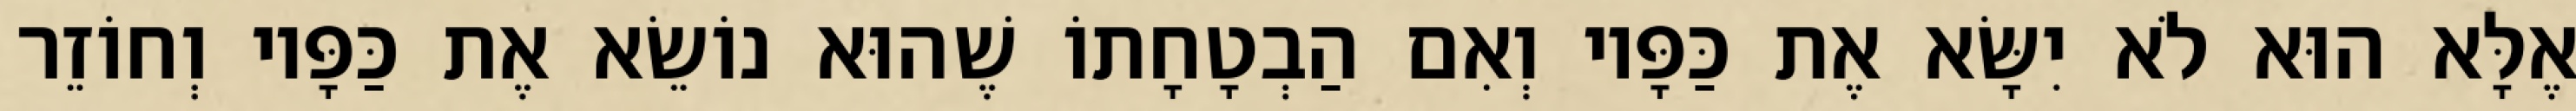
אֶלָּא הוּא לֹא יִשָּׂא אֶת כַּפָּיו וְאִם הַבְטָחָתוֹ שֶׁהוּא נוֹשֵׂא אֶת כַּפָּיו וְחוֹזֵר